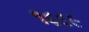
૧૬૬૯